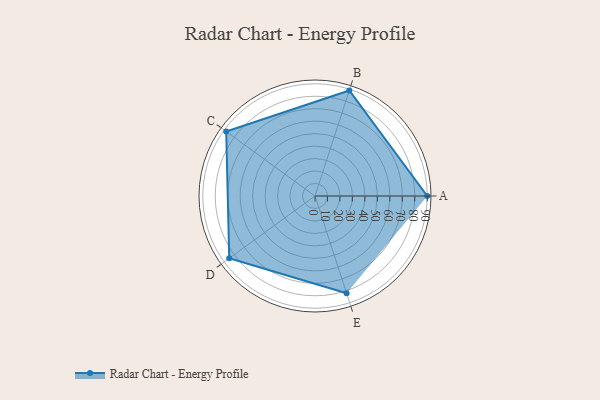
{"axis": {"x": "Skill", "y": "Score"}, "legend": ["Profile"], "data": [{"x": "A", "y": 90.0, "type": "Profile"}, {"x": "B", "y": 89.0, "type": "Profile"}, {"x": "C", "y": 88.0, "type": "Profile"}, {"x": "D", "y": 85.0, "type": "Profile"}, {"x": "E", "y": 82.0, "type": "Profile"}]}